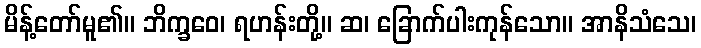
မိန့်တော်မူ၏။ ဘိက္ခဝေ၊ ရဟန်းတို့။ ဆ၊ ခြောက်ပါးကုန်သော။ အာနိသံသေ၊